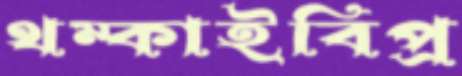
থম্‌কাইবিপ্র